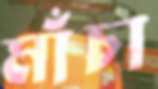
মাঁচা